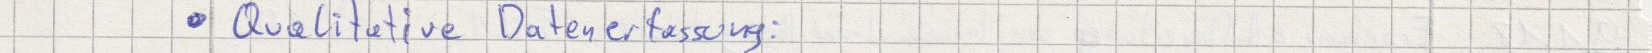
Qualitative Datenerfassung: